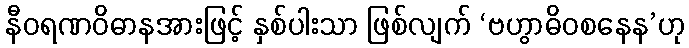
နီဝရဏဝိဓာနအားဖြင့် နှစ်ပါးသာ ဖြစ်လျက် ‘ဗဟွာဓိဝစနေန’ဟု